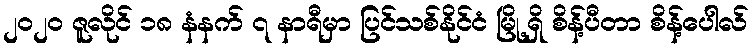
၂၀၂၀ ဇူလိုင် ၁၈ နံနက် ၇ နာရီမှာ ပြင်သစ်နိုင်ငံ မြို့ရှိ စိန့်ပီတာ စိန့်ပေါလ်